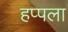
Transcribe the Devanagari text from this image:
हप्पला